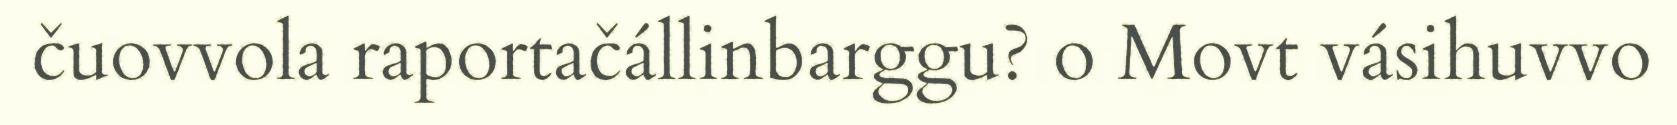
čuovvola raportačállinbarggu? o Movt vásihuvvo